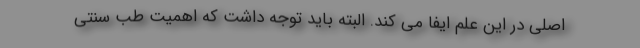
اصلی در این علم ایفا می کند. البته باید توجه داشت که اهمیت طب سنتی